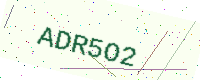
Text: ADR5O2